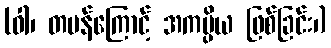
(ဝါ၊ တမန်ကြောင့် အကပ္ပိယ ဖြစ်ခြင်း၊)